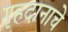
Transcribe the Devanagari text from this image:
गृहदानाचे